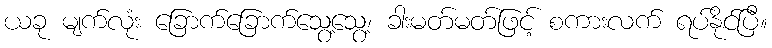
ယခု မျက်လုံး ခြောက်ခြောက်သွေ့သွေ့၊ ခါးမတ်မတ်ဖြင့် စကားလက် ရပ်နိုင်ပြီ။